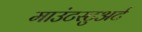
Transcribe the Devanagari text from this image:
माउंटस्टुअर्ट